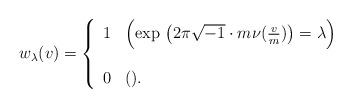
LaTeX: \begin{align*}w_{\lambda}(v)=\left\{\begin{array}{ll}1& \Bigl( \exp\ \bigl( 2\pi\sqrt{-1}\cdot m\nu(\frac{v}{m})\bigr)=\lambda \Bigr) \\\\0&( ). \\\end{array}\right.\end{align*}